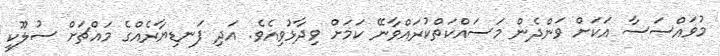
މުޥައްސަސާ އަކަށް ވަންދެން މަސައްކަތްކުރައްވާނޭ ކަމަށް ވިދާޅުވިއެވެ. އަދި ފަނޑިޔާރެއްގެ މައްޗަށް ސުލޫކީ